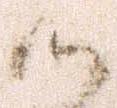
候